Annual report of the Civil Veterinary Department, Bengal, for the year 1898-99 - 1898-1899
Year: 1898
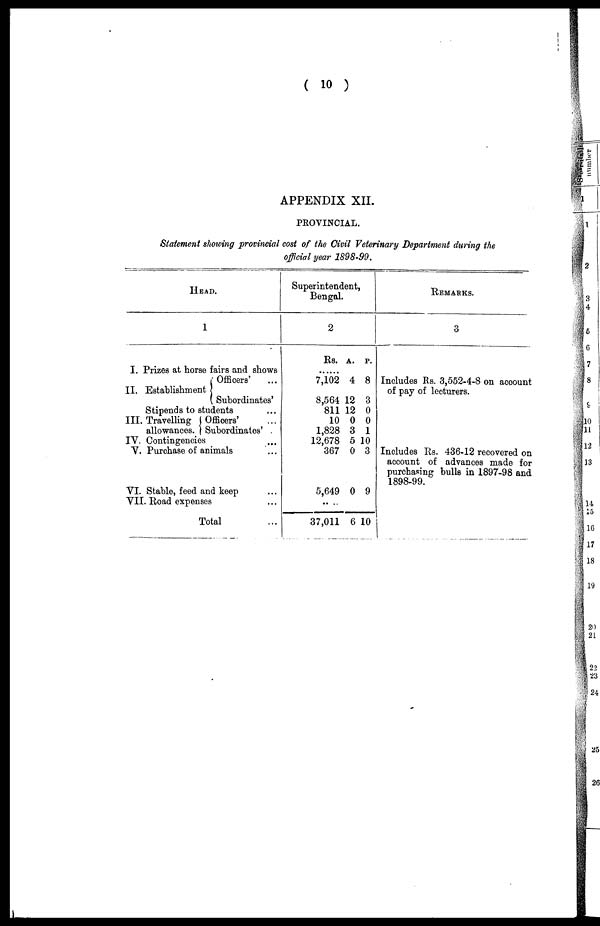
( 10 )
APPENDIX XII.
PROVINCIAL.
Statement showing provincial cost of the Civil Veterinary Department during the
official year 1898-99.
HEAD.
1
I. Prizes at horse fairs and shows
II. Establishment
Officers' ...
Subordinates'
Stipends to students ...
III. Travelling
allowances.
Officers' ...
Subordinates' .
IV. Contingencies ...
V. Purchase of animals ...
VI. Stable, feed and keep ...
VII. Road expenses ...
Total ...
Superintendent,
Bengal.
2
Rs.
7,102
8,564
811
10
1,828
12,678
367
5,649
.. ..
37,011
A.
4
12
12
0
3
5
0
0
6
P.
8
3
0
0
1
10
3
9
10
REMARKS.
3
Includes Rs. 3,552-4-8 on acoount
of pay of lecturers.
Includes Rs. 436-12 recovered on
account of advances made for
purchasing bulls in 1897-98 and
1898-99.